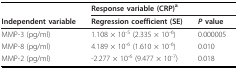
<table><thead><tr><td></td><td colspan="2"><b>Response variable (CRP)<sup>a</sup></b></td></tr><tr><td><b>Independent variable</b></td><td><b>Regression coefficient (SE)</b></td><td><b><i>P </i>value</b></td></tr></thead><tbody><tr><td>MMP-3 (pg/ml)</td><td>1.108 × 10<sup>-5 </sup>(2.335 × 10<sup>-6</sup>)</td><td>0.000005</td></tr><tr><td>MMP-8 (pg/ml)</td><td>4.189 × 10<sup>-6 </sup>(1.610 × 10<sup>-6</sup>)</td><td>0.010</td></tr><tr><td>MMP-2 (pg/ml)</td><td>-2.277 × 10<sup>-6 </sup>(9.477 × 10<sup>-7</sup>)</td><td>0.018</td></tr></tbody></table>